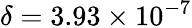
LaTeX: \delta=3.93\times 10^{-7}